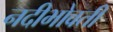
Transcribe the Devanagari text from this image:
नदीभोवती